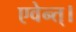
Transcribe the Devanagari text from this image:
एवेन्त्।